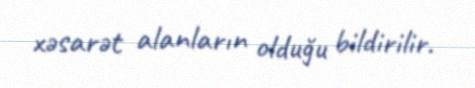
xəsarət alanların olduğu bildirilir.